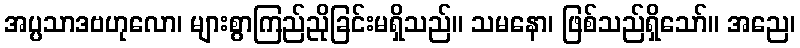
အပ္ပသာဒဗဟုလော၊ များစွာကြည်ညိုခြင်းမရှိသည်။ သမနော၊ ဖြစ်သည်ရှိသော်။ အညေ၊